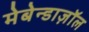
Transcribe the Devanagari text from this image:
मेबेन्डाज़ॉल